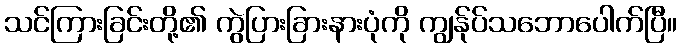
သင်ကြားခြင်းတို့၏ ကွဲပြားခြားနားပုံကို ကျွန်ုပ်သဘောပေါက်ပြီ။